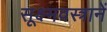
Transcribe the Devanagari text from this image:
सूक्ष्मवस्त्रानें